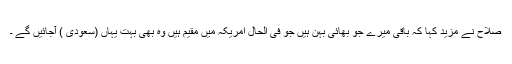
صلاح نے مزید کہا کہ باقی میرے جو بھائی بہن ہیں جو فی الحال امریکہ میں مقیم ہیں وہ بھی بہت یہاں (سعودی ) آجائیں گے ۔